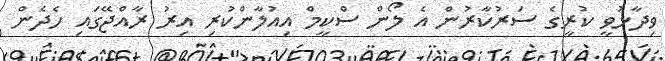
ވިދާޅުވީ ކުރީގެ ސަރުކާރުން އެ ލޯން ސްކީމް އިއުލާންކުރި އިރު ރާއްޖޭގައި ހެދެން